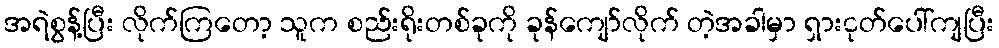
အရဲစွန့်ပြီး လိုက်ကြတော့ သူက စည်းရိုးတစ်ခုကို ခုန်ကျော်လိုက် တဲ့အခါမှာ ရှားငုတ်ပေါ်ကျပြီး